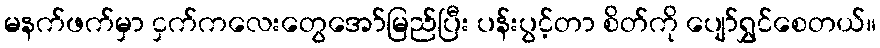
မနက်ဖက်မှာ ငှက်ကလေးတွေအော်မြည်ပြီး ပန်းပွင့်တာ စိတ်ကို ပျော်ရွှင်စေတယ်။